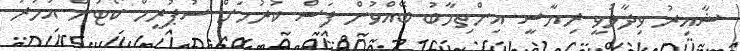
ޝާއިރު ވިދާޅުވީ ރިޔާސީ އިންތިހާބު ބޭއްވުން ފަސް ކުރުމަށް ސުޕުރީމް ކޯޓުން އަމުރު